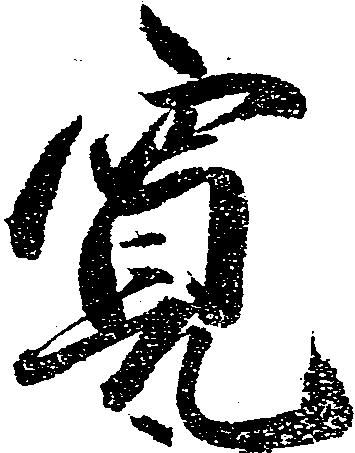
寛